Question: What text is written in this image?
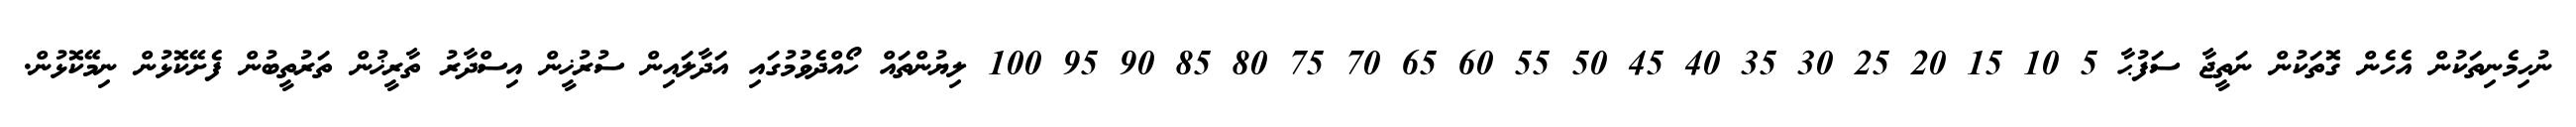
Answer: ނުހިމެނިތަކުން އެހެން ގޮތަކުން ނަތީޖާ ސަފުޙާ 5 10 15 20 25 30 35 40 45 50 55 60 65 70 75 80 85 90 95 100 ލިޔުންތައް ހޯއްދެވުމުގައި އަދާލައިން ސުރުޚީން އިސްދާރު ތާރީޚުން ތަރުތީބުން ފެށޭކޮޅުން ނިމޭކޮޅުން.